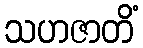
သဟဇာတိံ